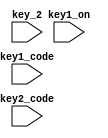
module synthesizer(
    input key1_on,
    input [7:0] key1_code,
    input key_2,
    input [7:0] key2_code
);

endmodule